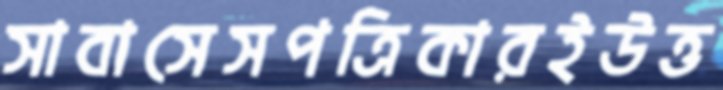
সাবাসেসপত্রিকারইউত্ত